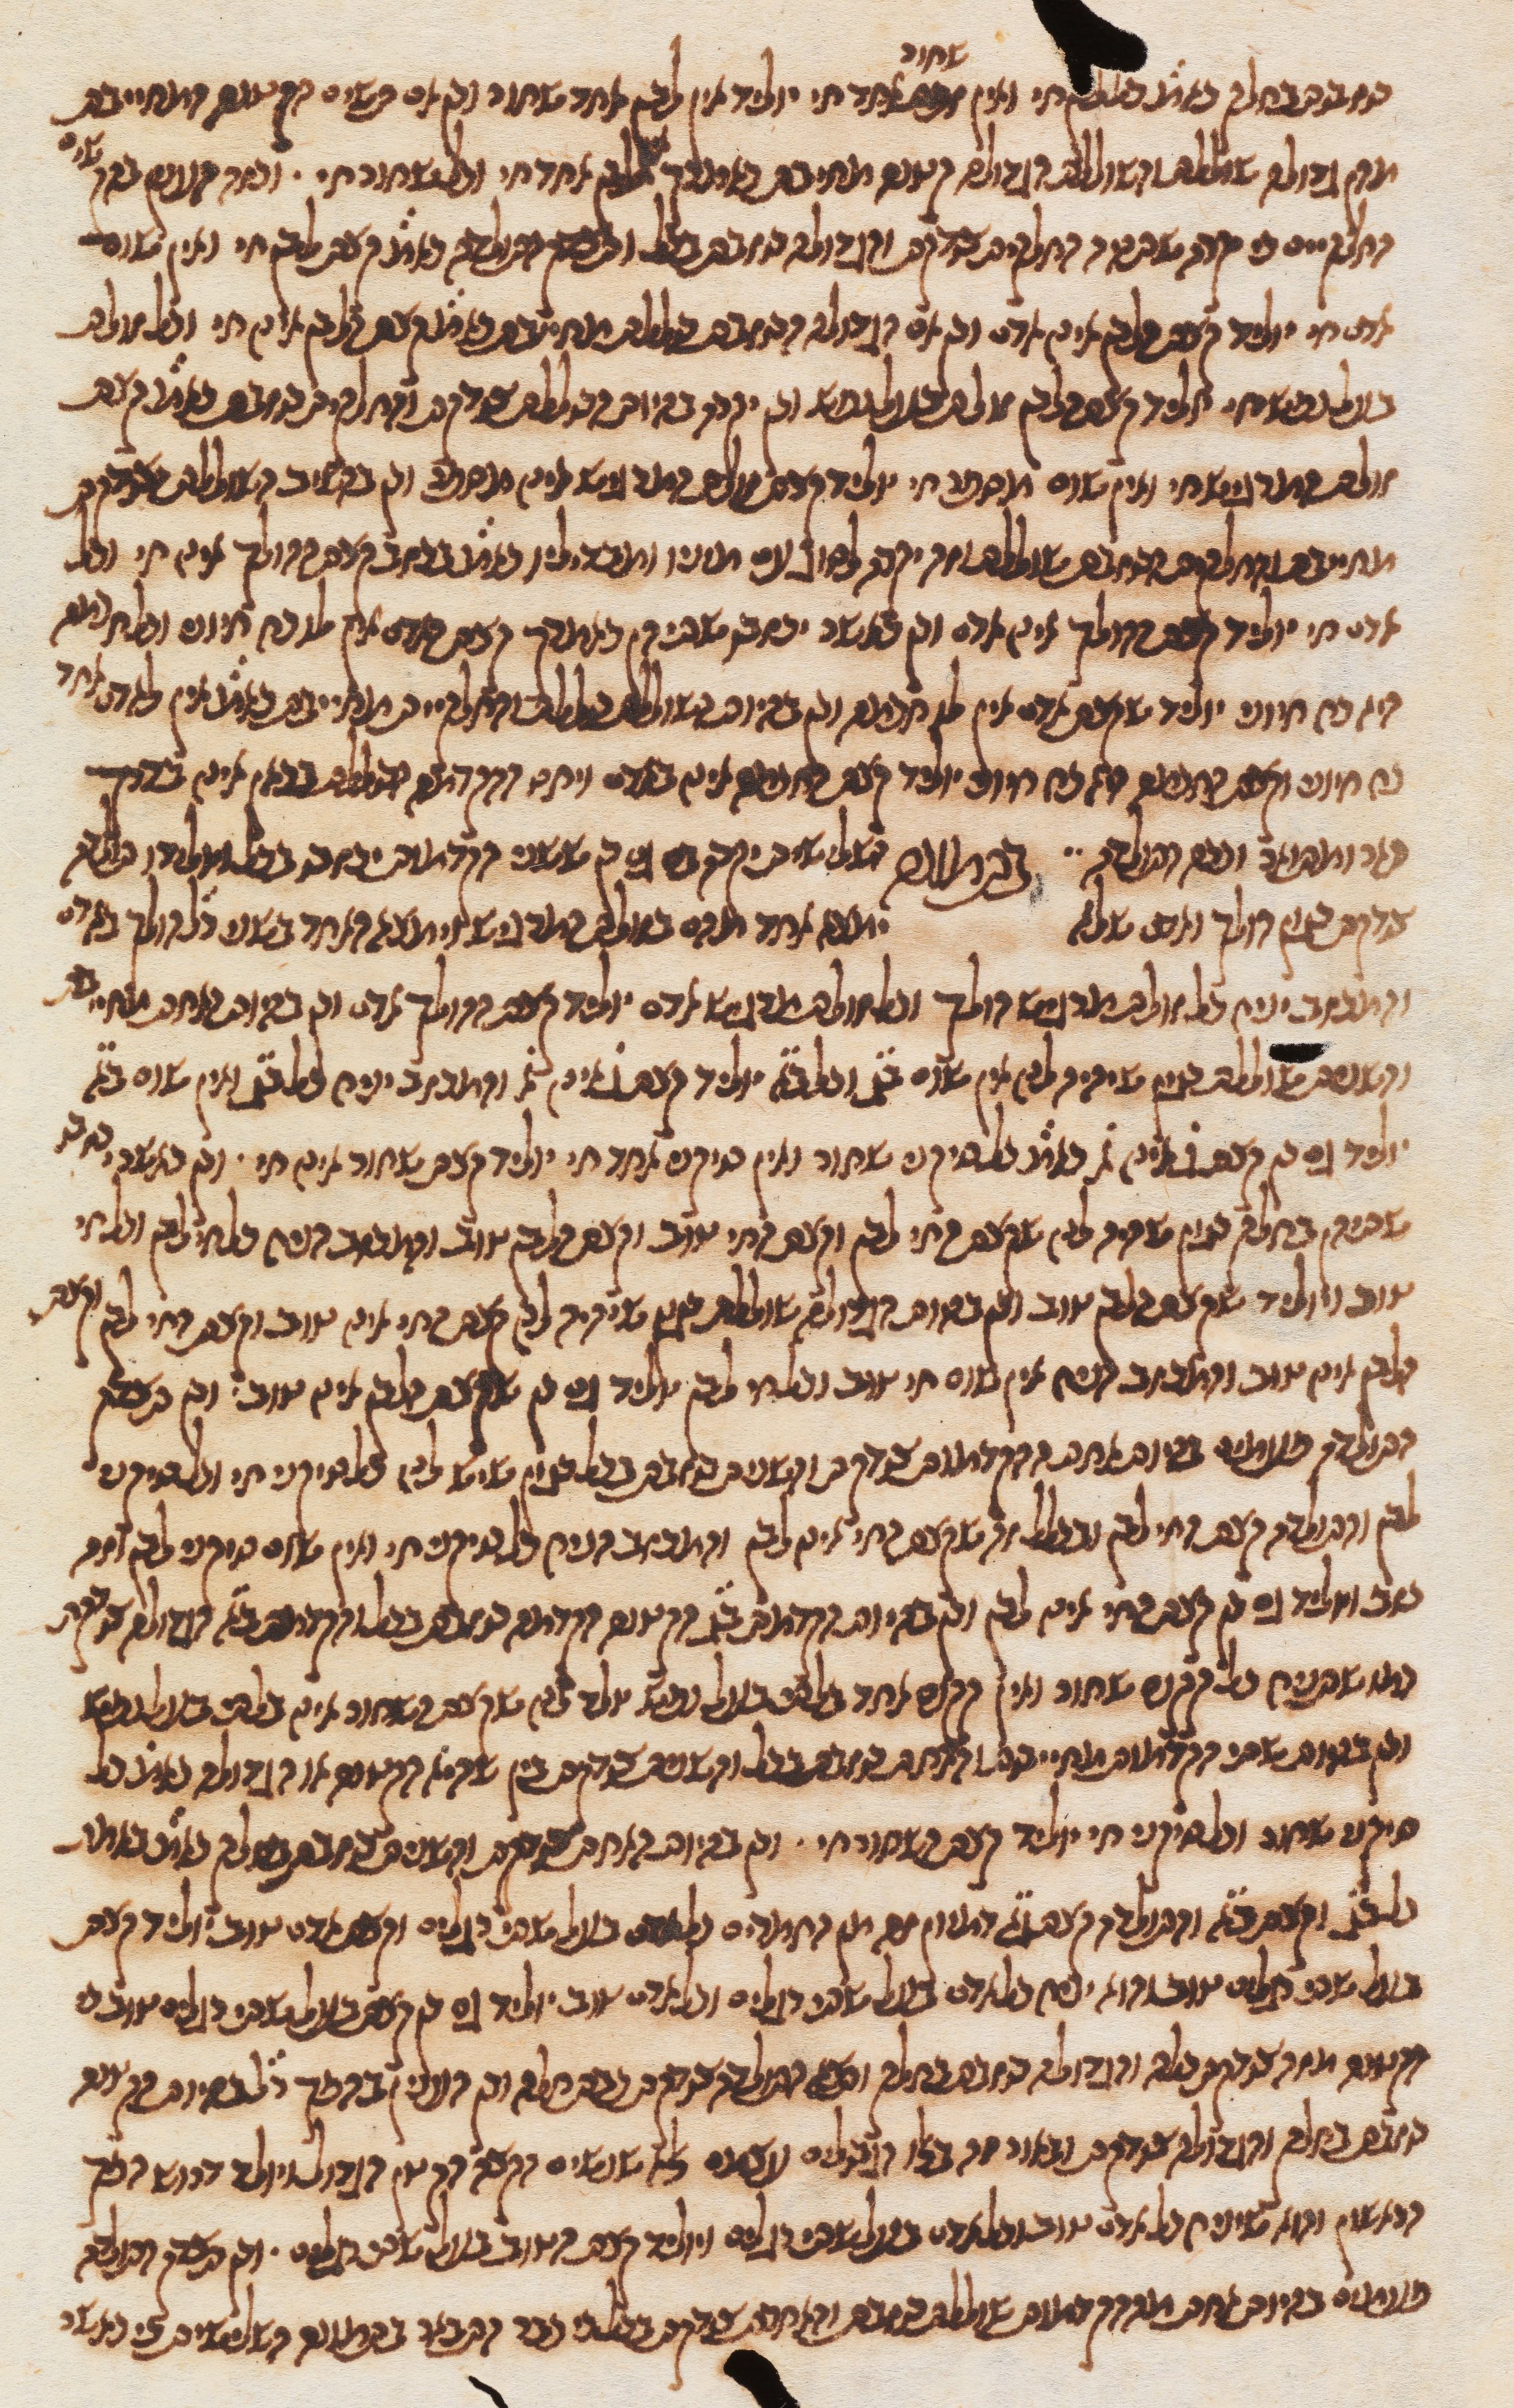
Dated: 1270–1330